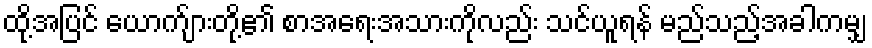
ထို့အပြင် ယောက်ျားတို့၏ စာအရေးအသားကိုလည်း သင်ယူရန် မည်သည့်အခါကမျှ